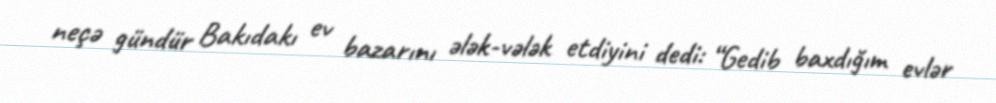
neçə gündür Bakıdakı ev bazarını ələk-vələk etdiyini dedi: “Gedib baxdığım evlər